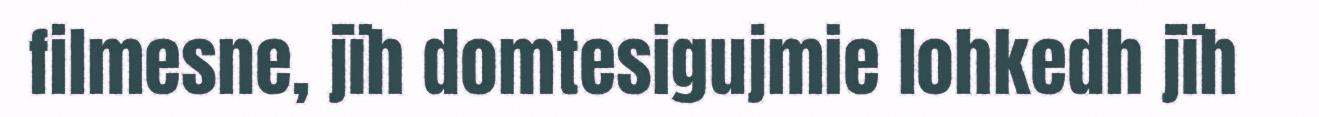
filmesne, jïh domtesigujmie lohkedh jïh